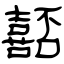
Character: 嚭